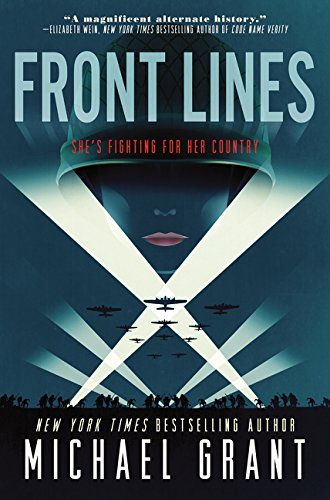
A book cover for Front Lines; Michael Grant; Teen & Young Adult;